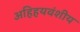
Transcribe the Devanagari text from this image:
अहिहयवंशीय